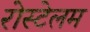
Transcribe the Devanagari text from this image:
रोस्टेलम